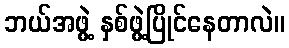
ဘယ်အဖွဲ့ နှစ်ဖွဲ့ပြိုင်နေတာလဲ။